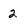
Character: 2